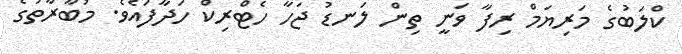
ކްލަބުގެ މަރިޔަމް ރިފާ ވަނީ ތިން ލަނޑު ޖަހާ ހެޓްރިކް ހަދާފައެވެ. މުބާރާތުގެ